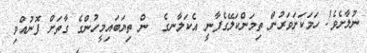
ނުލާށެވެ! ހަމަކަށަވަރުން ތިމަންކަލޭގެފާނީ އެކަލާނގެ  ން ތިޔަބައިމީހުންގެ ގާތަށް ފޮނުއްވި